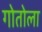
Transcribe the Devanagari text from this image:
गोतोला